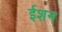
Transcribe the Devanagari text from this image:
ईशन